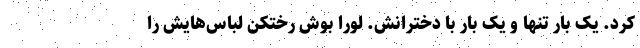
کرد. یک بار تنها و یک بار با دخترانش. لورا بوش رختکن لباس‌هایش را